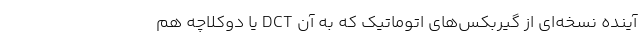
‌آینده نسخه‌ای از گیربکس‌های اتوماتیک که به آن DCT یا دوکلاچه هم